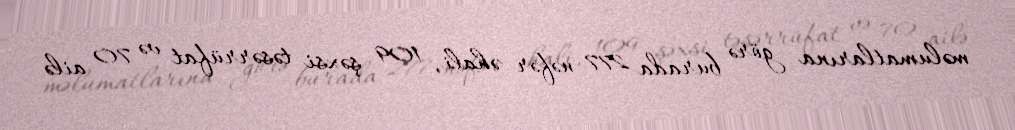
məlumatlarına görə burada 277 nəfər əhali, 109 şəxsi təsərrüfat və 70 ailə